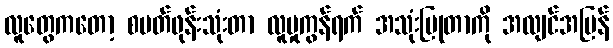
လူတွေကတော့ စမတ်ဖုန်းသုံးတာ လူမှုကွန်ရက် အသုံးပြုတာကို အလျင်အမြန်